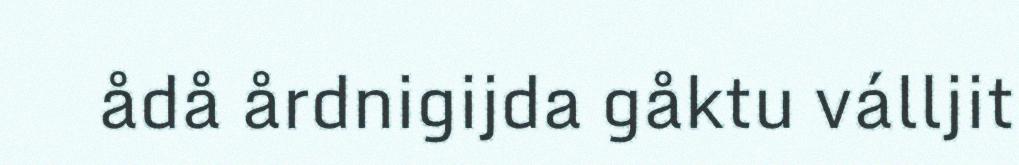
ådå årdnigijda gåktu válljit